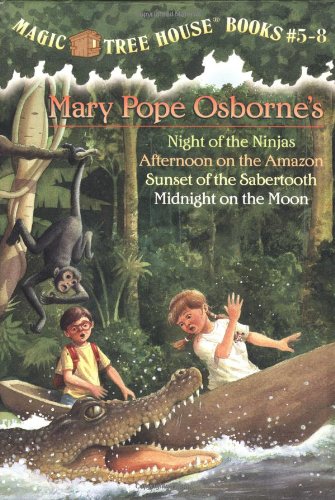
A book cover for Magic Tree House Boxed Set, Books 5-8: Night of the Ninjas, Afternoon on the Amazon, Sunset of the Sabertooth, and Midnight on the Moon; Mary Pope Osborne; Children's Books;